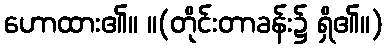
ဟောထား၏။ ။(တိုင်းတာခန်း၌ ရှိ၏။)